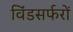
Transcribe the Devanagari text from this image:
विंडसर्फरों